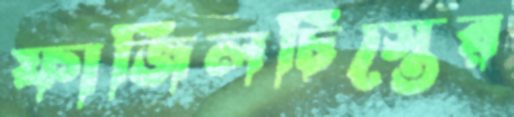
ফাজিলচিস্তের